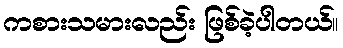
ကစားသမားလည်း ဖြစ်ခဲ့ပါတယ်။